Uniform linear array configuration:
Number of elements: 48
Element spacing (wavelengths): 0.5
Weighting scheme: hann
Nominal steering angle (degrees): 60
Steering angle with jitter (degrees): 61.108
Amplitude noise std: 0.05
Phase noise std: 0.05

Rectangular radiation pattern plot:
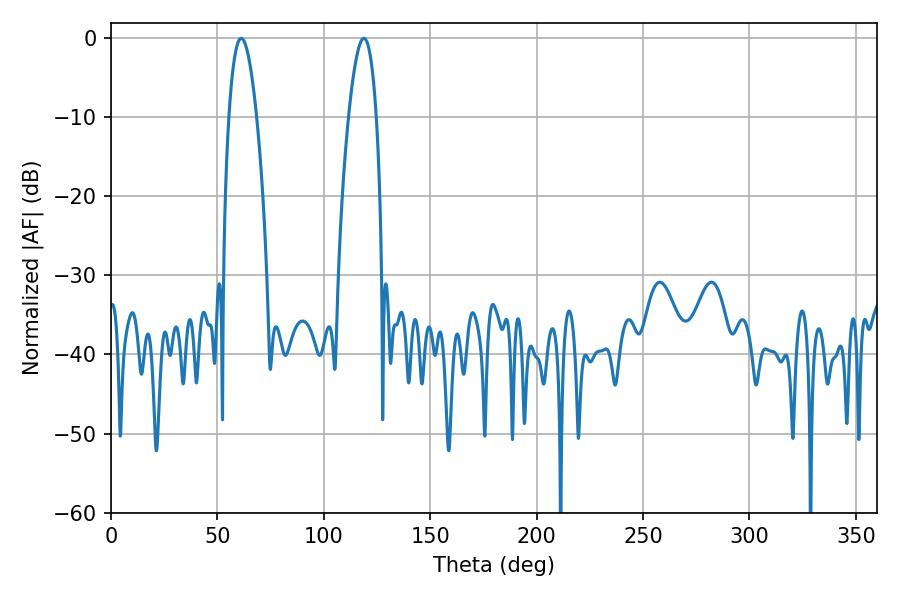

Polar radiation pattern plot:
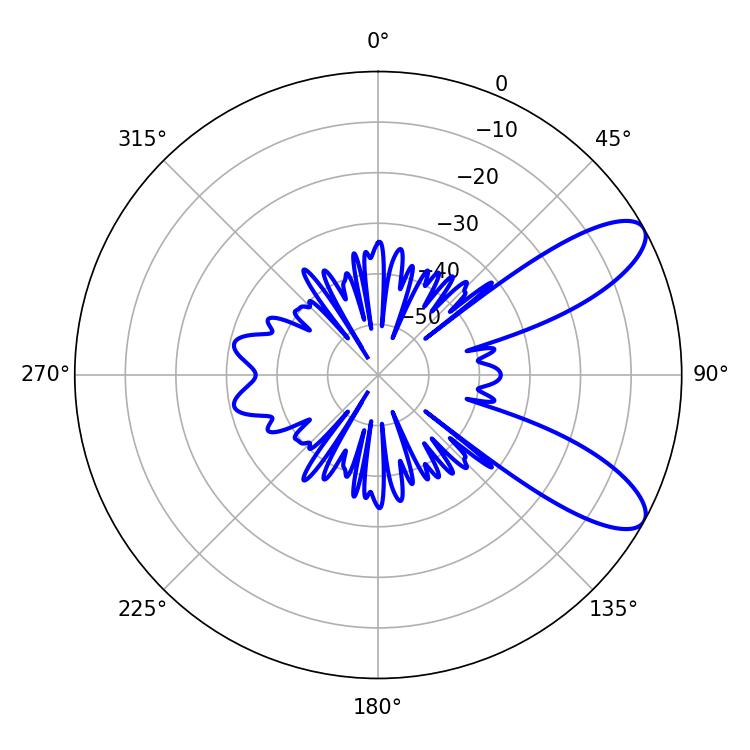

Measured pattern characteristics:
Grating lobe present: FALSE
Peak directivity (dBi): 9.27
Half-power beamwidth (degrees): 7.2
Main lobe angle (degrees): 61.2